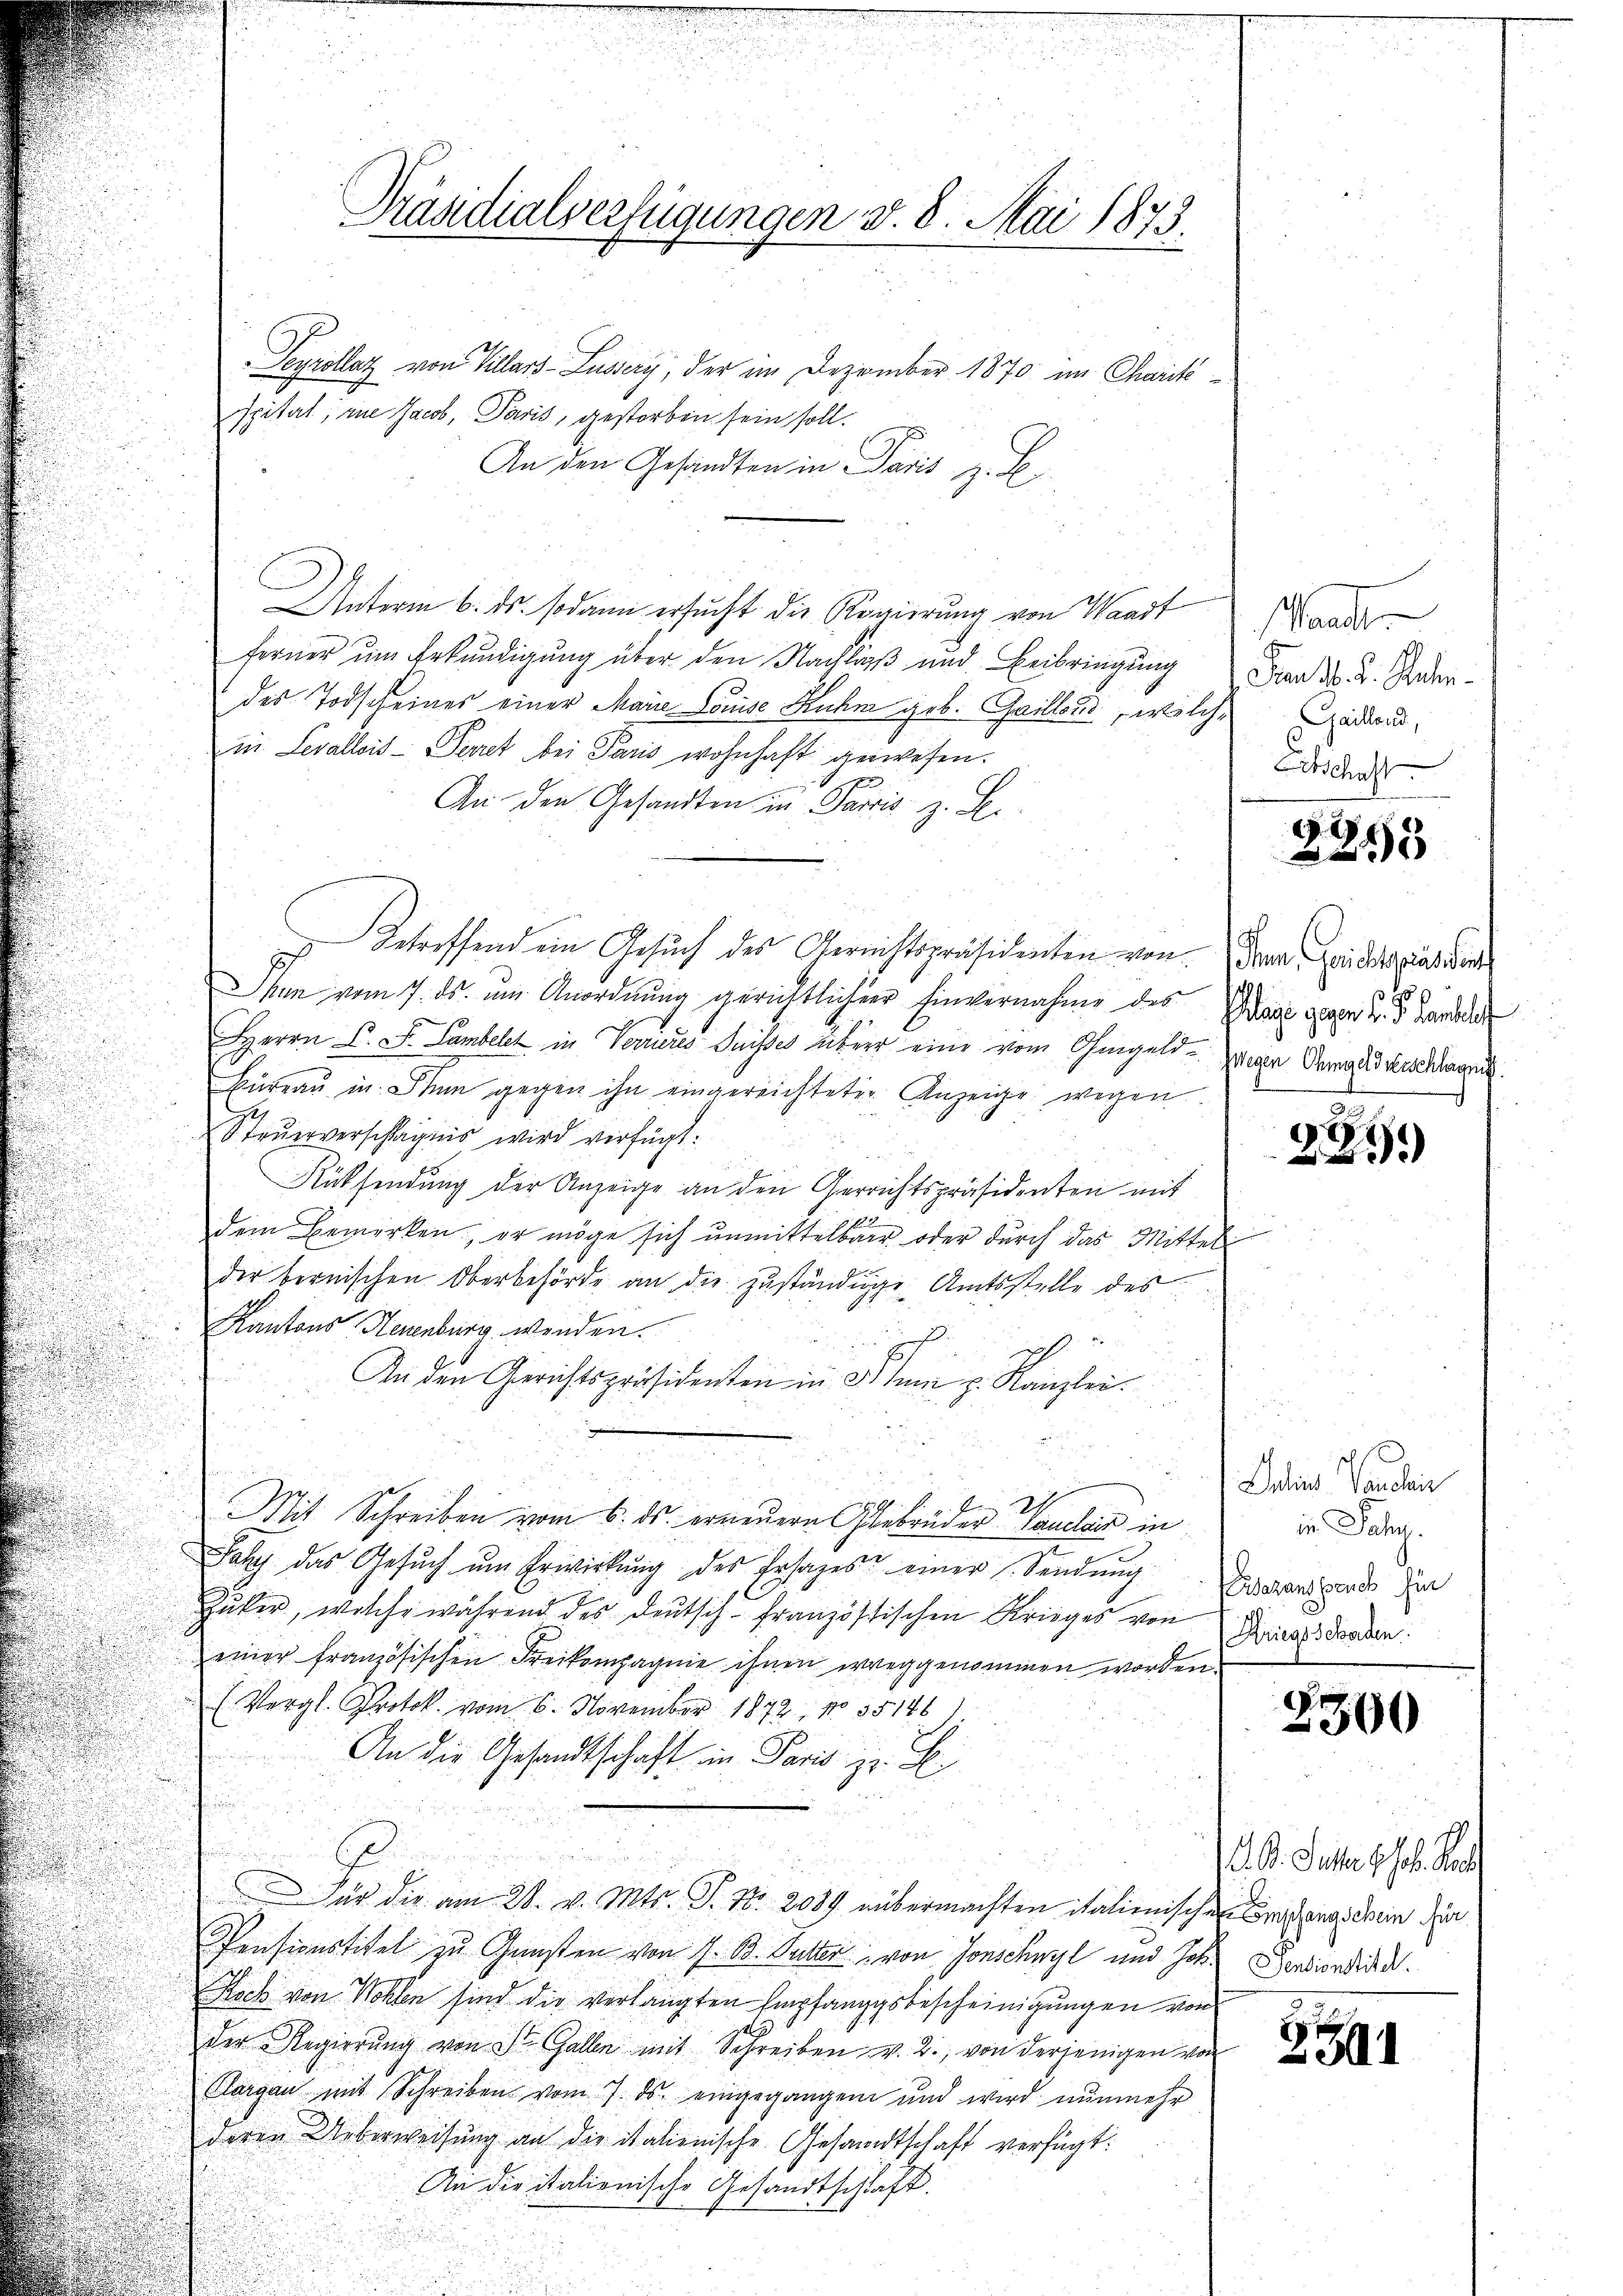
Präsidialverfügungen v. 8. Mai 1873.

Seyrollaz von Villars-Lussery, der im Dezember 1870 im Charikspital, in Jacob, Paris, gestorben sein soll.
An den Gesandten in Paris z. B.
Unterm 6. ds. sodann ersucht die Regierung von Waadt
ferner um Erkundigung über den Nachlaß und Beibringung in 3. d. Jederdes Todscheines einer Marie Louise Ruhm geb. Grillond, welche
in Levallis-Secret bei Paris wohnhaft gewesen.
An den Gesandten in Paris z. B.
.
 betreffend ein Gesuch der Gerichtspräsidenten von den Friderrat der
u
Ien vom 7. ds. um Anordnung gerichtlicher Einvernahme des
.
Herrn P. F. Lambelck in Verrieres Suisses über eine vom Ohmgeld - wegen Vergedruckhar
Büreaŭ in. Dann gegen ihn eingereichteter Anzeige wegen
Steŭerverschlägnis wird verfügt:
u
Rücksendung der Anzeige an den Gerrichtspräsidenten mit
dem Bemerken, er möge sich unmittelbar oder durch das Mittel
der bernischen Oberbehörde an die zuständige Amtsstelle des
Kantons Neuenburg wenden.
1
An den Gerichtspräsidenten in d. dann z. Kanzlei.
u
Per
Mit Schreiben vom 6. ds. erneuern Gebrüder Valais in
Jahr das Gesŭch ŭm Erwirkŭng des Ersages einer Sendŭng
Zuker, welche während des Deutsch-französischen Krieges von
einer französischen Freikompagnie ihnen weggenommen worden.
(Vergl. Protok. vom 6. November 1872, No 35146)
An die Gesandtschaft in Paris zu. E
¬
ür die am 28. v. Mts. S. Nr. 2089 uübermachten italienischen Bringeschein die
Pensionstitel zu Gunsten von 7. 13. Sutter von Jonschwyl und Joh. Ferdiendi
Koch von Wohlen sind die verlangten Empfangsbescheinigungen von
der Regierŭng von St. Gallen mit Schreiben v. 2., von derjenigen von
Clargen mit Schreiben vom 7. ds. eingegangen und wird nunmehr
deren Ueberweisung an die italienische Gesandtschaft verfügt:
An die italienische Gesandtschläft.

Waadt
Gaillond,
Echschaft

2355

lage gegen V. P. Landelf

2899

Ilias Handlein
in Jahy.
idoranspruch hin
(Kriegsschaden.

2300

. D. Schlossel Ra

594